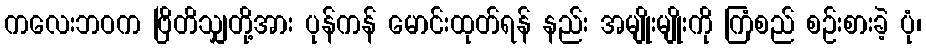
ကလေးဘဝက ဗြိတိသျှတို့အား ပုန်ကန် မောင်းထုတ်ရန် နည်း အမျိုးမျိုးကို ကြံစည် စဉ်းစားခဲ့ ပုံ၊